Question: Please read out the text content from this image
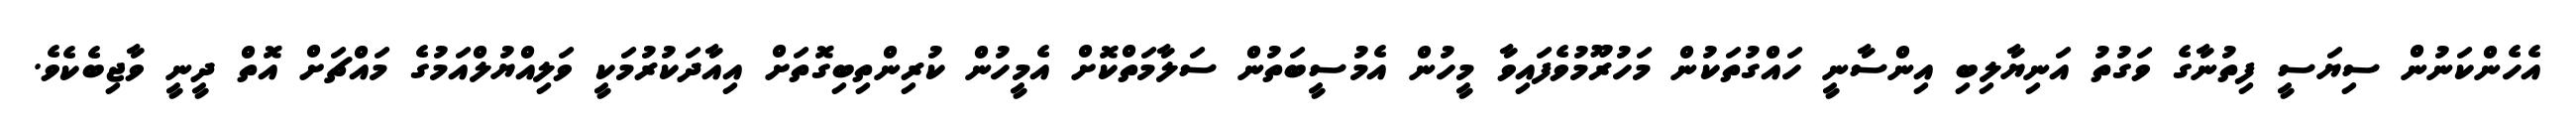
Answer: އެހެންކަނުން ސިޔަސީ ފިތުނާގެ ވަގުތު އަނިޔާލިބި އިންސާނީ ހައްގުތަކުން މަހުރޫމުވެފައިވާ މީހުން އެމުސީބަތުން ސަލާމަތްކޮށް އެމީހުން ކުރިންތިބިގޮތަށް އިއާދަކުރުމަކީ ވަލިއްޔުލްއަމުގެ މައްޗަށް އޮތް ދީނީ ވާޖިބެކެވެ.